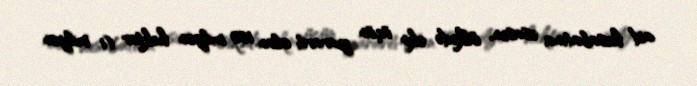
aid hesabatına əsasən, ölkədə əkin üçün yararlı olan 100 milyon hektar (1 milyon